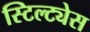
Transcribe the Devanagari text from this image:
स्टिल्ट्येस